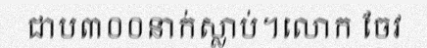
ជាប៣០០នាក់ស្លាប់។លោក ចែវ